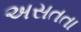
અસતતા